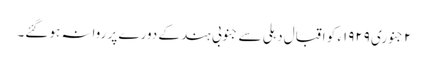
٢ جنوری ١٩٢٩ء کو اقبال دہلی سے جنوبی ہند کے دورے پر روانہ ہو گئے۔